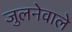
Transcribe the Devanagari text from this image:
जुलनेवाले